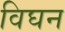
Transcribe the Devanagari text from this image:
विघन